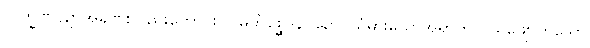
လက္ခဏပဉှာအခဏ်းလည်းကောင်း။ ဝိမတိစ္ဆေဒနပဉှော၊ ယုံမှားသောအရာကို ပယ်ဖျောက်သော